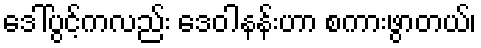
ဒေါ်ပွင့်ကလည်း ဒေဝါနန်းဟာ စကားဖွာတယ်၊